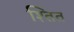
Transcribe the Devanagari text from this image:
श्तित